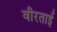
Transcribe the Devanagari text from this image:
वीरताई